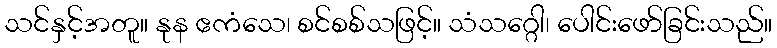
သင်နှင့်အတူ။ နုန ဧကံသေ၊ စင်စစ်သဖြင့်။ သံသဂ္ဂေါ၊ ပေါင်းဖော်ခြင်းသည်။